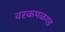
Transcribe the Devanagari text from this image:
वरकमळगड